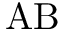
\mathrm { A B }